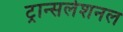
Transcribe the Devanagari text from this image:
ट्रान्सलेशनल